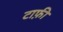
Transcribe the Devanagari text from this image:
टाफ़ी